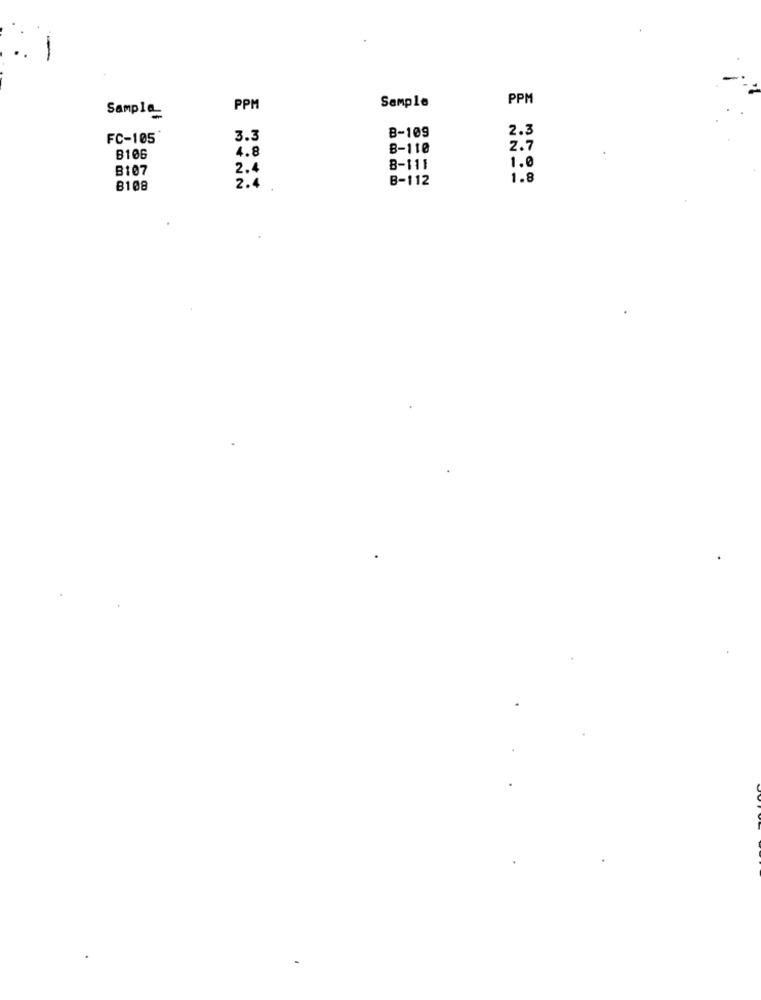
-
Sample
PPM
PPM
Sample_
2.3
FC-105
3.3
B-109
B-110
2.7
B106
4.8
B107
2.4
B-111
1.0
B-112
1.8
8108
2.4